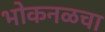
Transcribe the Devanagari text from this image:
भोकनळचा